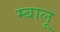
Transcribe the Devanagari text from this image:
म्बालू